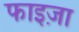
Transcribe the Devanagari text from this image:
फाइज़ा